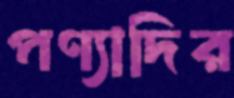
পণ্যাদির